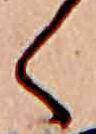
く